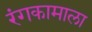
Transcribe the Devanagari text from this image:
रंगकामाला